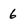
Character: 6